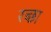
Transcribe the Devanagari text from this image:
रच्छा